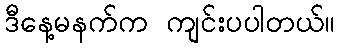
ဒီနေ့မနက်က ကျင်းပပါတယ်။